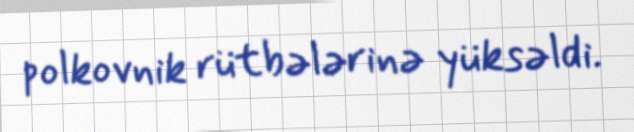
polkovnik rütbələrinə yüksəldi.